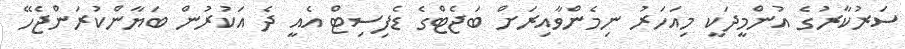
ސަރުކާރުގެ އުންމީދަކީ މިއަހަރު ނިމެންވާއިރަށް ބަޖެޓްގެ ޑެފިސިޓް އެއީ ދެ އަކުރުން ބަޔާންކުރަންޖެހޭ